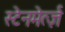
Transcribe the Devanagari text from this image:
स्टेनमेर्त्ज़